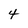
Character: 4